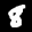
Label: 8